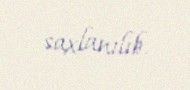
saxlanılıb.